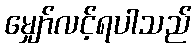
မျှော်လင့်ရပါသည်